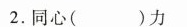
2.同心( )力